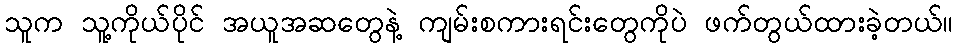
သူက သူ့ကိုယ်ပိုင် အယူအဆတွေနဲ့ ကျမ်းစကားရင်းတွေကိုပဲ ဖက်တွယ်ထားခဲ့တယ်။